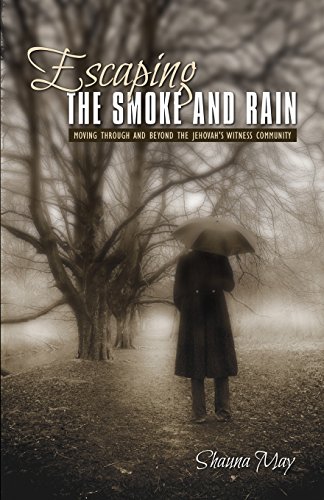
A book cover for Escaping the Smoke and Rain: Moving Through and Beyond the Jehovah's Witness Community; Shauna May; Christian Books & Bibles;